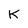
Character: K